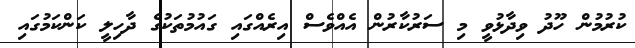
ކުރުމުން ހޫދު ވިދާޅުވީ މި ސަރުކާރުން އެއްވެސް އިރެއްގައި ގައުމުތަކުގެ ދާހިލީ ކަންކަމުގައި